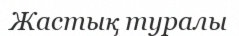
Жастық туралы